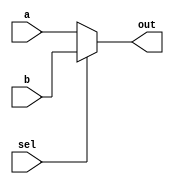
module mux2x1 #(
parameter SIZE = 8
) (
input [SIZE-1:0] a,                
input [SIZE-1:0] b,                
input            sel,              
output[SIZE-1:0] out);             
  
assign out = sel ? b : a;  
            
endmodule